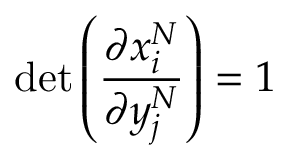
\operatorname* { d e t } \left( \frac { \partial x _ { i } ^ { N } } { \partial y _ { j } ^ { N } } \right) = 1